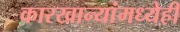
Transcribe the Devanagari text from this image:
कारखान्यांमध्येही